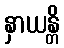
နှာယန္တိ